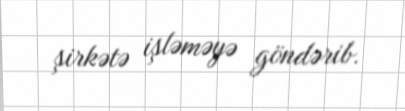
şirkətə işləməyə göndərib.